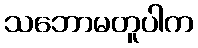
သဘောမတူပါက